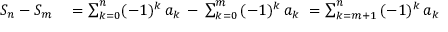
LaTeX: \begin{array} { r l } { S _ { n } - S _ { m } } & { { } = \sum _ { k = 0 } ^ { n } ( - 1 ) ^ { k } \, a _ { k } \, - \, \sum _ { k = 0 } ^ { m } \, ( - 1 ) ^ { k } \, a _ { k } \ = \sum _ { k = m + 1 } ^ { n } \, ( - 1 ) ^ { k } \, a _ { k } } \end{array}